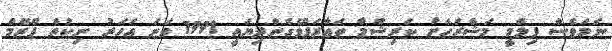
ނަމަވެސް ފިލްމީ މަޝްރަހަށް ކަރިޝްމާ ތަޢާރަފްވެގެންދިޔައީ 1991 ވަނަ އަހަރު ނިކުތް ޕްރޭމް